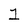
Character: 1